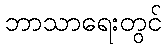
ဘာသာရေးတွင်